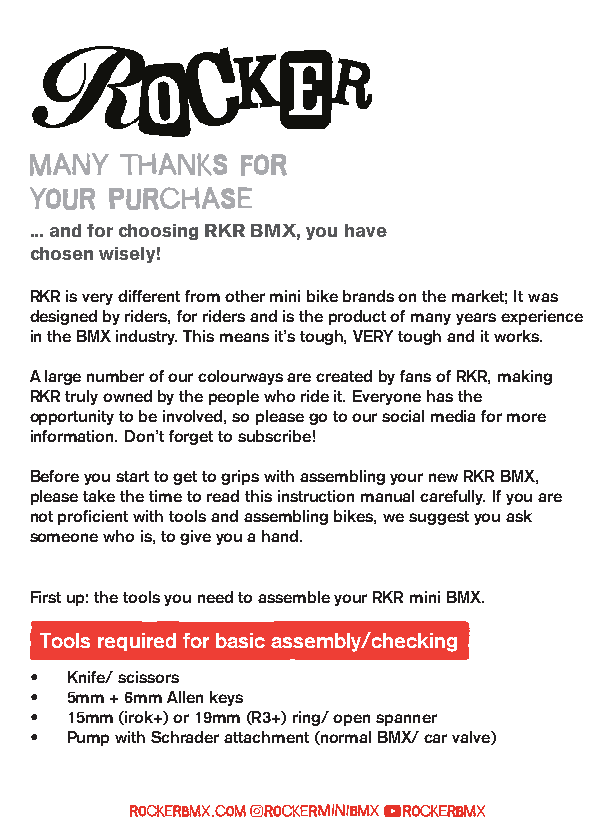
... and for choosing RKR BMX, you have
 chosen wisely!
 RKR is very different from other mini bike brands on the market; It was
 designed by riders, for riders and is the product of many years experience
 in the BMX industry. This means it’s tough, VERY tough and it works.
 A large number of our colourways are created by fans of RKR, making
 RKR truly owned by the people who ride it. Everyone has the
 opportunity to be involved, so please go to our social media for more
 information. Don’t forget to subscribe!
 Before you start to get to grips with assembling your new RKR BMX,
 please take the time to read this instruction manual carefully. If you are
 not proficient with tools and assembling bikes, we suggest you ask
 someone who is, to give you a hand.
 First up: the tools you need to assemble your RKR mini BMX.
 Tools required for basic assembly/checking
 • Knife/ scissors
 • 5mm + 6mm Allen keys
 • 15mm (irok+) or 19mm (R3+) ring/ open spanner
 • Pump with Schrader attachment (normal BMX/ car valve)